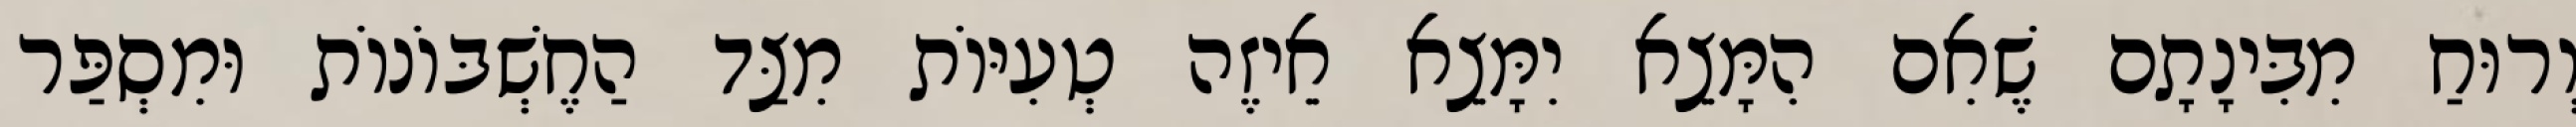
וְרוּחַ מִבִּינָתָם שֶׁאִם הִמָּצֵא יִמָּצֵא אֵיזֶה טְעִיּוֹת מִצַּד הַחֶשְׁבּוֹנוֹת וּמִסְפַּר